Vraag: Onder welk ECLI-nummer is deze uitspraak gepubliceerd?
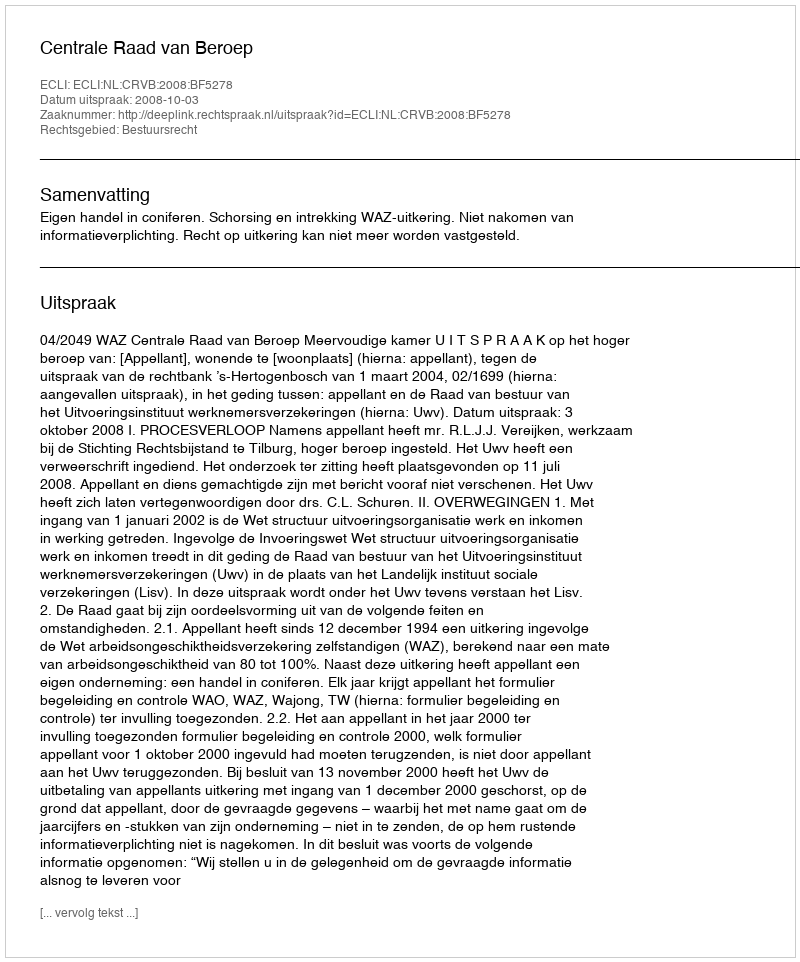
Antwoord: ECLI:NL:CRVB:2008:BF5278